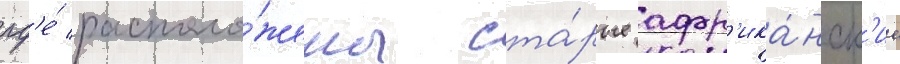
гд'е́ располо́жены ста́рые афр'ика́нск'ие